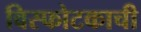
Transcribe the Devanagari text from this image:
विस्फोटकाची